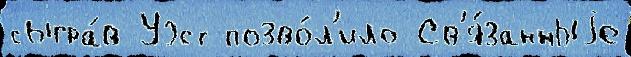
сыгра́в Уэст позво́л'ило Св'я́занныjе